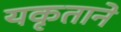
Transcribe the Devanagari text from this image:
यकृताने